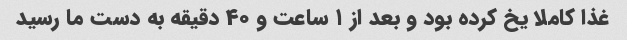
غذا کاملا یخ کرده بود و بعد از ۱ ساعت و ۴۰ دقیقه به دست ما رسید